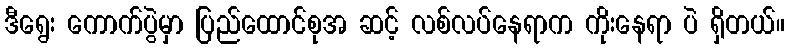
ဒီရွေး ကောက်ပွဲမှာ ပြည်ထောင်စုအ ဆင့် လစ်လပ်နေရာက ကိုးနေရာ ပဲ ရှိတယ်။